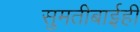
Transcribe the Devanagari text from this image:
सुमतीबाईही